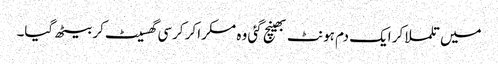
میں تلملا کر ایک دم ہونٹ بھینچ گئی وہ مسکرا کر کرسی گھسیٹ کر بیٹھ گیا۔